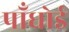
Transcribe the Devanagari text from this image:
पाँधोई